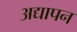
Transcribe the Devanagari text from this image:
अद्यापन